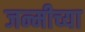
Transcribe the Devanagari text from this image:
जन्मीच्या